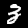
Digit: 3